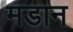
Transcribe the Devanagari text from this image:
मडान